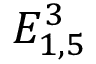
E _ { 1 , 5 } ^ { 3 }